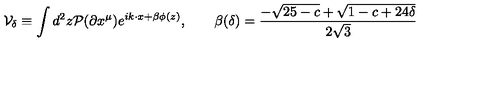
{ \cal V } _ { \delta } \equiv \int d ^ { 2 } z { \cal P } ( \partial x ^ { \mu } ) e ^ { i k \cdot x + \beta \phi ( z ) } , \qquad \beta ( \delta ) = { \frac { - \sqrt { 2 5 - c } + \sqrt { 1 - c + 2 4 \delta } } { 2 \sqrt 3 } }